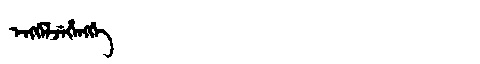
Manchu: ᡝᠩᡤᡝᠯᠵᡝᡥᡝᠩᡤᡝ
Romanization: ENGGELJEHENGGE